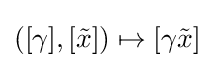
([\gamma ],[{\tilde {x}}])\mapsto [\gamma {\tilde {x}}]